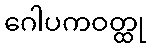
ဂေါပကဝတ္ထု